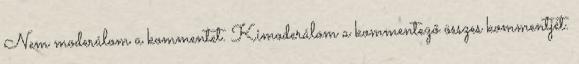
Nem moderálom a kommentet. Kimoderálom a kommentező összes kommentjét.